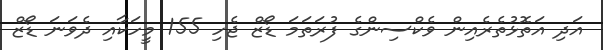
އަދި އަތޮޅުތެރެއިން ވެކްސިންގެ ފުރަތަމަ ޑޯޒް ޖެހި 155 މީހަކާއި ދެވަނަ ޑޯޒް